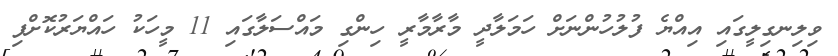
ވިލިނގިލީގައި އިއްޔެ ފުލުހުންނަށް ހަމަލާދީ މާރާމާރީ ހިންގި މައްސަލާގައި 11 މީހަކު ހައްޔަރުކޮށްފި